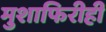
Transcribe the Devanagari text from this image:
मुशाफिरीही